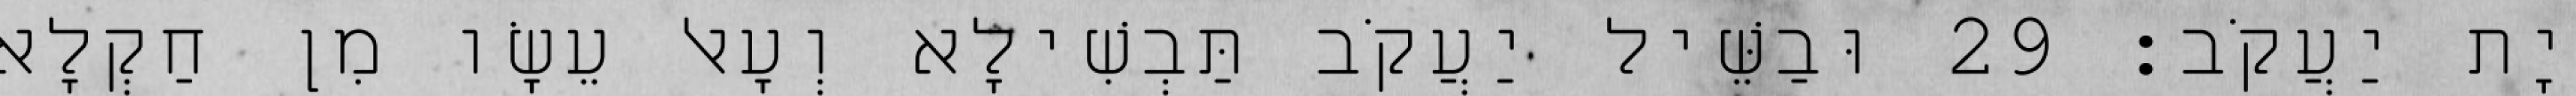
יָת יַעֲקֹב׃ 29 וּבַשֵּׁיל יַעֲקֹב תַּבְשִׁילָא וְעָאל עֵשָׂו מִן חַקְלָא